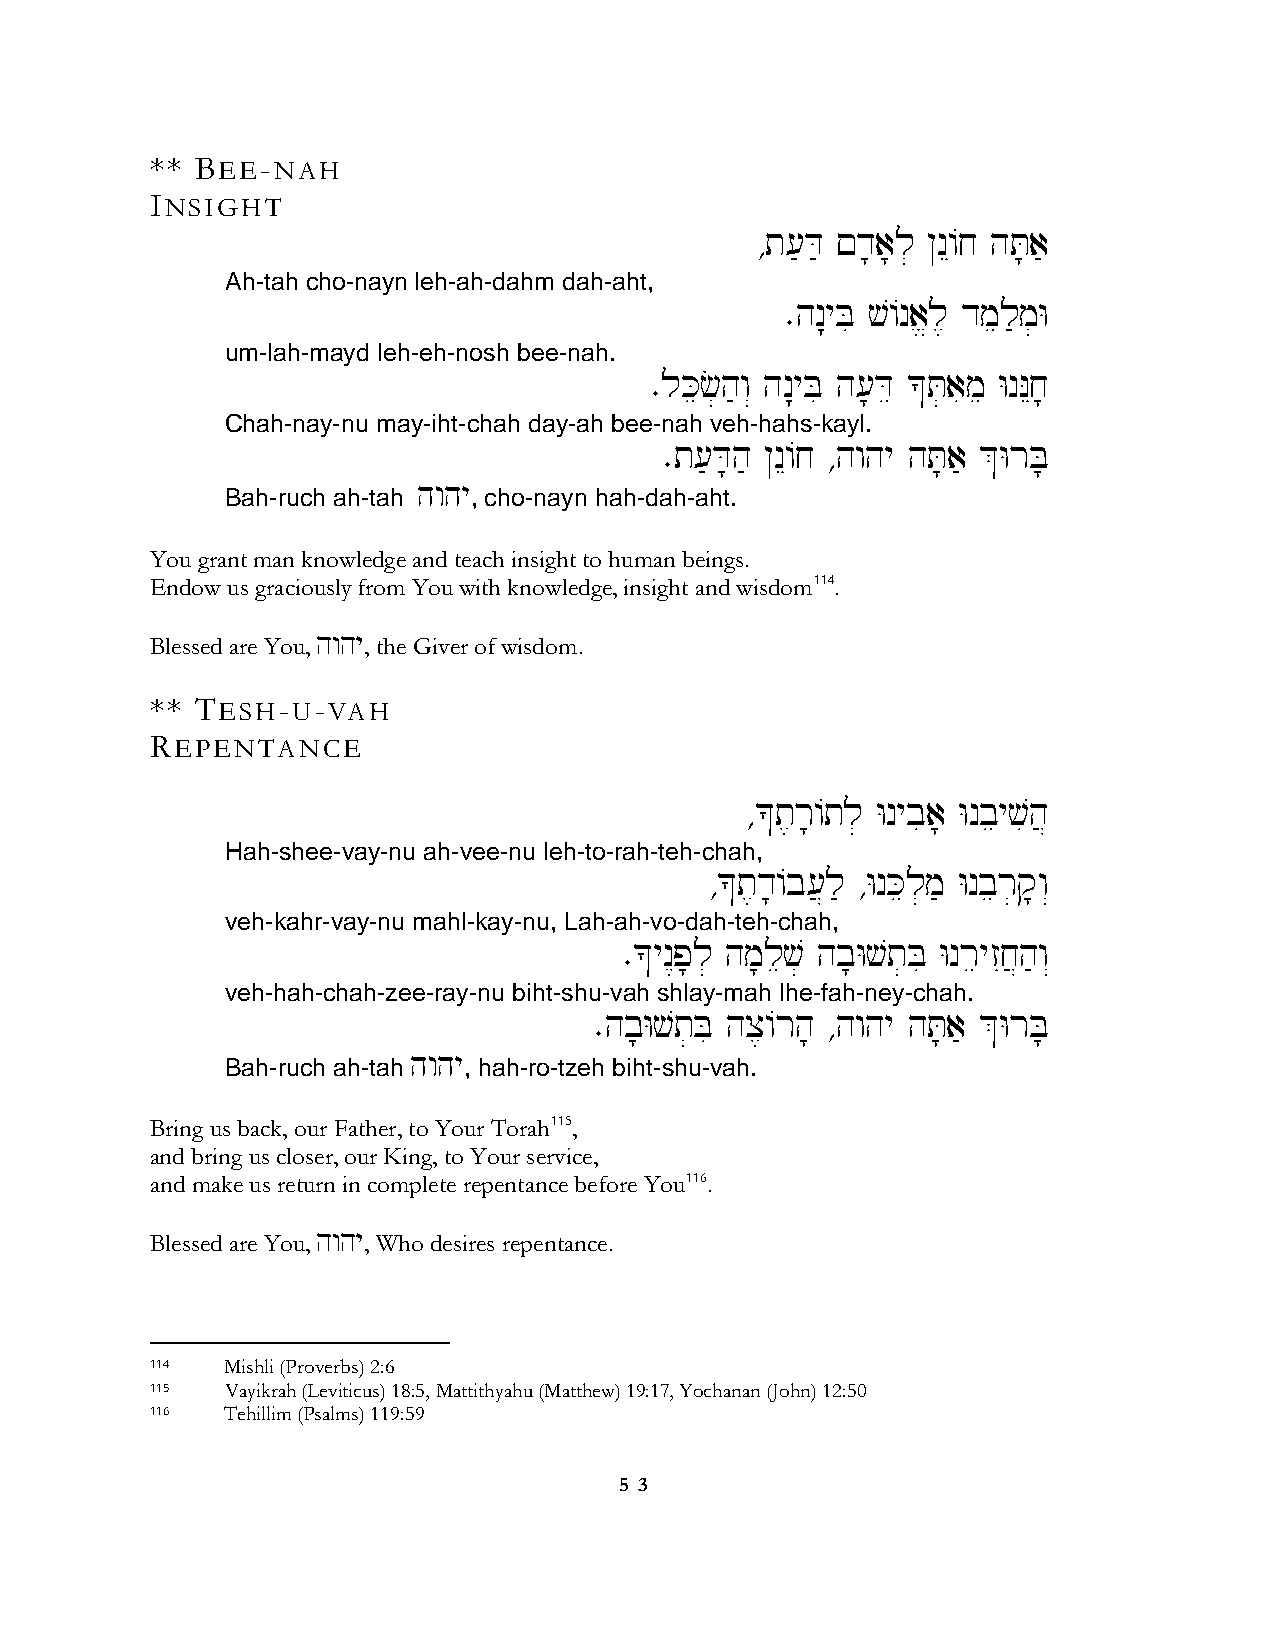
** BEE-NAH
 INSIGHT
 ∆t['D' !d;a;l] @nE/j hT;a'
 Ah-tah cho-nayn leh-ah-dahm dah-aht,
 ∑hn:yBi v/na>l, dmel'm]W
 um-lah-mayd leh-eh-nosh bee-nah.
 ∑lKec]h'w“ hn:yBi h[;De *T]aime WnNEj;
 Chah-nay-nu may-iht-chah day-ah bee-nah veh-hahs-kayl.
 ∑t['D;h' @nE/j ∆hwhy hT;a' &WrB;
 hwhy
 Bah-ruch ah-tah , cho-nayn hah-dah-aht.
 You grant man knowledge and teach insight to human beings.
 Endow us graciously from You with knowledge, insight and wisdom114.
 Blessed are You, hwhy, the Giver of wisdom.
 ** TESH-U-VAH
 REPENTANCE
 ∆*t,r;/tl] Wnybia; Wnbeyvih}
 Hah-shee-vay-nu ah-vee-nu leh-to-rah-teh-chah,
 ∆*t,d;/b[}l' ∆WnKel]m' Wnber]q;w“
 veh-kahr-vay-nu mahl-kay-nu, Lah-ah-vo-dah-teh-chah,
 ∑*yn<p;l] hm;lev] hb;Wvt]Bi WnreyzIj}h'w“
 veh-hah-chah-zee-ray-nu biht-shu-vah shlay-mah lhe-fah-ney-chah.
 ∑hb;Wvt]Bi hx,/rh; ∆hwhy hT;a' &WrB;
 hwhy
 Bah-ruch ah-tah , hah-ro-tzeh biht-shu-vah.
 Bring us back, our Father, to Your Torah115,
 and bring us closer, our King, to Your service,
 and make us return in complete repentance before You116.
 Blessed are You, hwhy, Who desires repentance.
 114  Mishli (Proverbs) 2:6
 115  Vayikrah (Leviticus) 18:5, Mattithyahu (Matthew) 19:17, Yochanan (John) 12:50
 116  Tehillim (Psalms) 119:59
 5 3